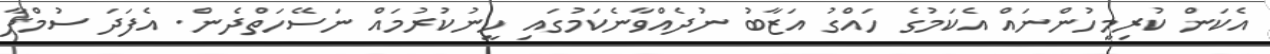
އެކަން ކުރިމީހުންނައް އެކަމުގެ ހައްގު އަޒާބު ނުދެއްވާނެކަމުގައި ހީނުކުރުމައް ނަސޭހަތްދެން. އެފަދަ ސުމްޕާ